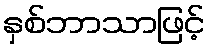
နှစ်ဘာသာဖြင့်